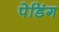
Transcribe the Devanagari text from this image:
पेडिंग